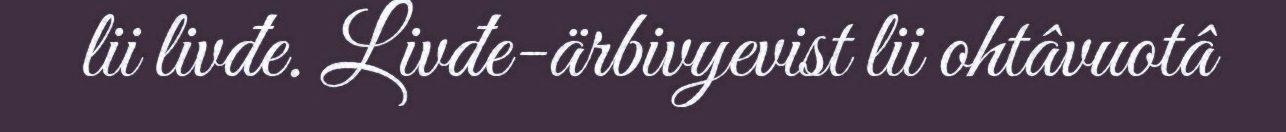
lii livđe. Livđe-ärbivyevist lii ohtâvuotâ